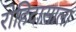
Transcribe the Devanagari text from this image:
रोहिदासाला